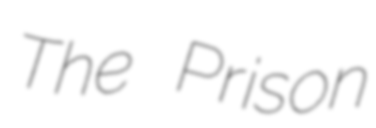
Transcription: The Prison